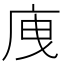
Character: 㡼